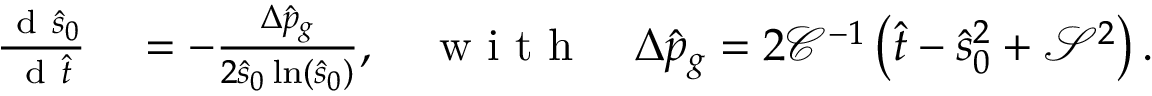
\begin{array} { r l } { \frac { \mathrm { ~ d ~ } \hat { s } _ { 0 } } { \mathrm { ~ d ~ } \hat { t } } } & { { } = - \frac { \Delta \hat { p } _ { g } } { 2 \hat { s } _ { 0 } \ln \left( \hat { s } _ { 0 } \right) } , \quad \textrm { w i t h } \quad \Delta \hat { p } _ { g } = 2 \mathcal { C } ^ { - 1 } \left( \hat { t } - \hat { s } _ { 0 } ^ { 2 } + \mathcal { S } ^ { 2 } \right) . } \end{array}